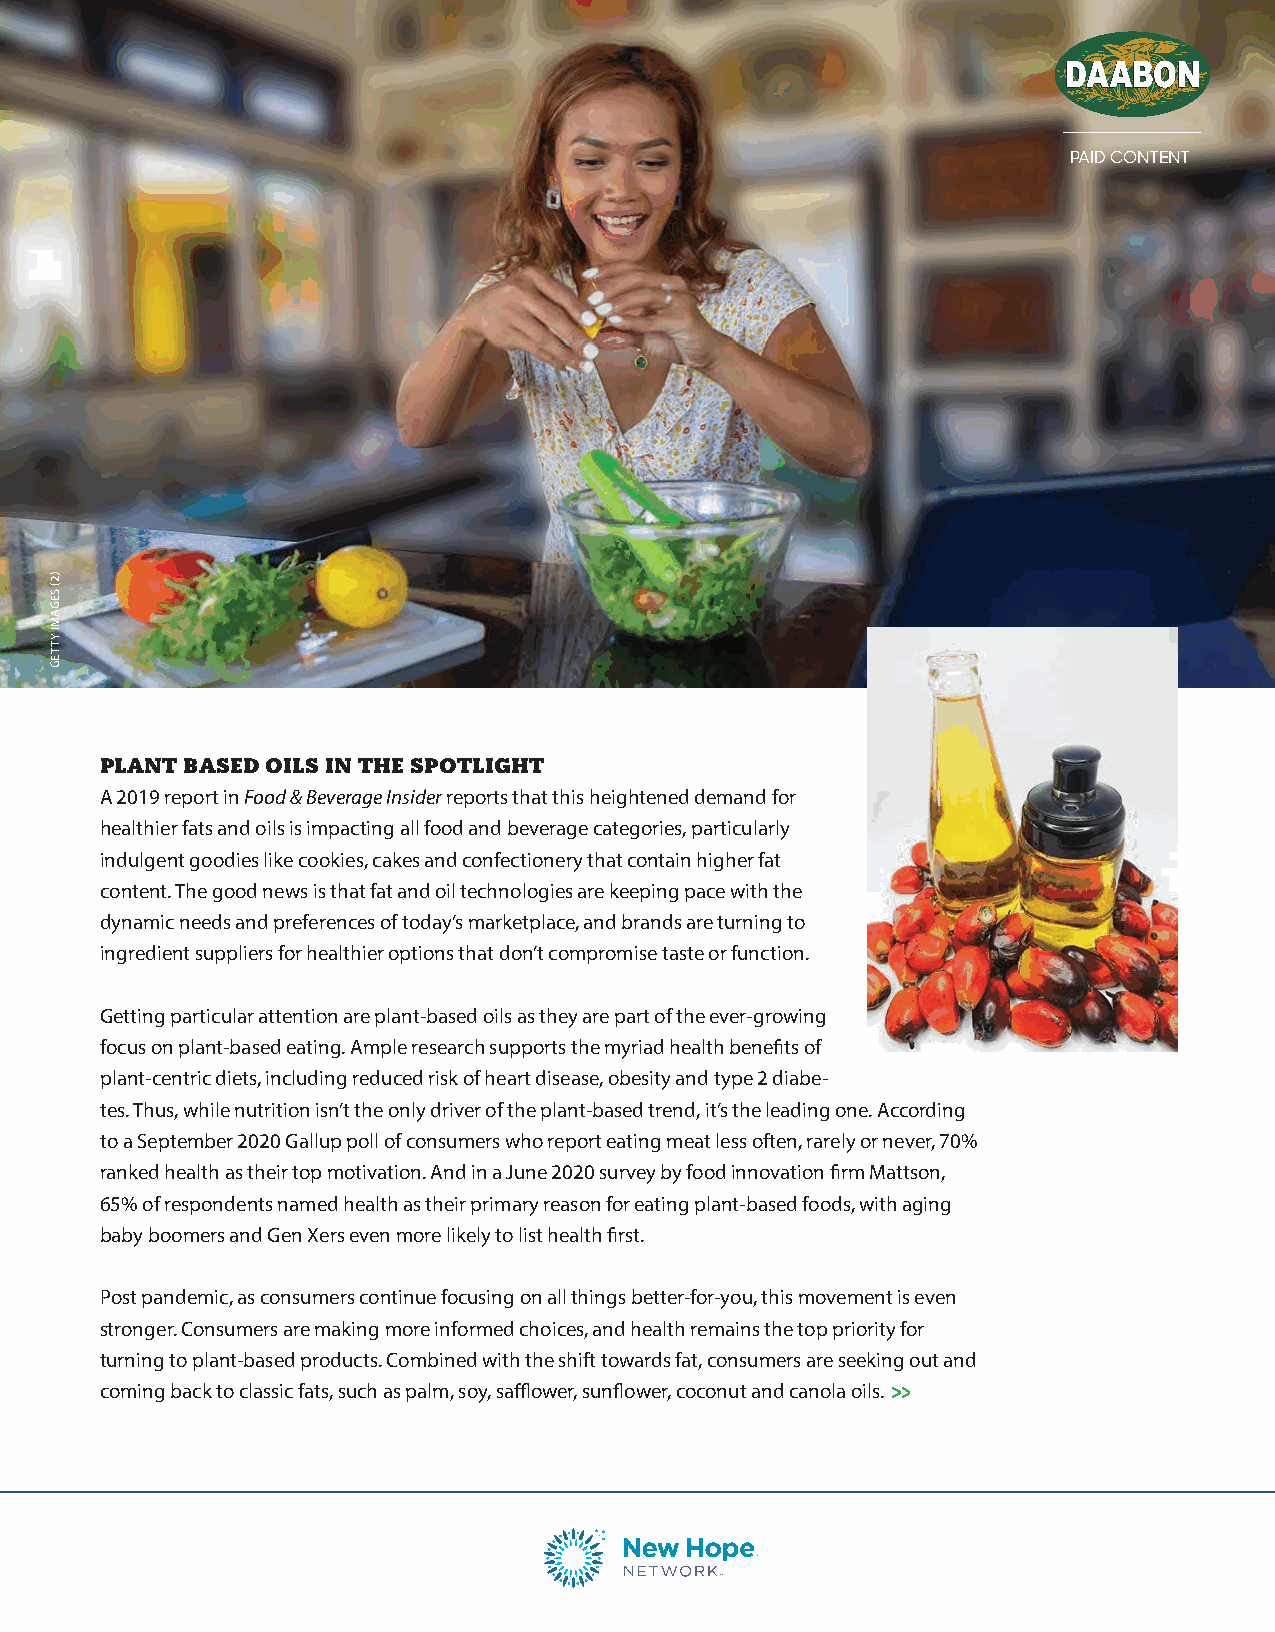
PAID CONTENT
 PLANT BASED OILS IN THE SPOTLIGHT
 A 2019 report in Food & Beverage Insider reports that this heightened demand for
 healthier fats and oils is impacting all food and beverage categories, particularly
 indulgent goodies like cookies, cakes and confectionery that contain higher fat
 content. The good news is that fat and oil technologies are keeping pace with the
 dynamic needs and preferences of today’s marketplace, and brands are turning to
 ingredient suppliers for healthier options that don’t compromise taste or function.
 Getting particular attention are plant-based oils as they are part of the ever-growing
 focus on plant-based eating. Ample research supports the myriad health benefits of
 plant-centric diets, including reduced risk of heart disease, obesity and type 2 diabe-
 tes. Thus, while nutrition isn’t the only driver of the plant-based trend, it’s the leading one. According
 to a September 2020 Gallup poll of consumers who report eating meat less often, rarely or never, 70%
 ranked health as their top motivation. And in a June 2020 survey by food innovation firm Mattson,
 65% of respondents named health as their primary reason for eating plant-based foods, with aging
 baby boomers and Gen Xers even more likely to list health first.
 Post pandemic, as consumers continue focusing on all things better-for-you, this movement is even
 stronger. Consumers are making more informed choices, and health remains the top priority for
 turning to plant-based products. Combined with the shift towards fat, consumers are seeking out and
 coming back to classic fats, such as palm, soy, safflower, sunflower, coconut and canola oils.
 )2(
 SEGAMI
 YTTEG